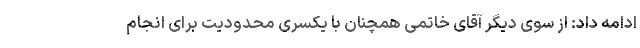
ادامه داد: از سوی دیگر آقای خاتمی همچنان با یکسری محدودیت برای انجام